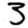
Digit: 3